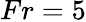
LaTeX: Fr=5